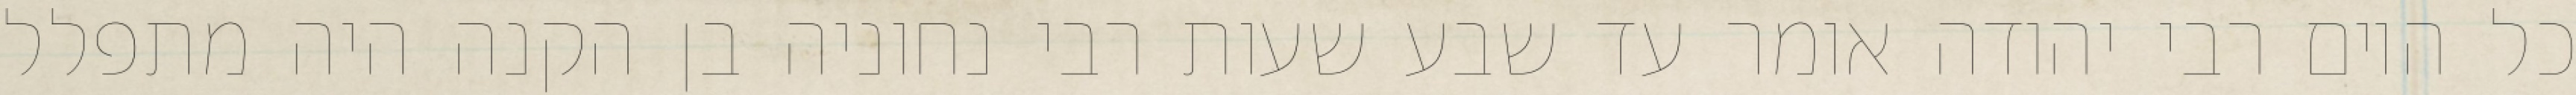
כל היום רבי יהודה אומר עד שבע שעות רבי נחוניה בן הקנה היה מתפלל